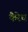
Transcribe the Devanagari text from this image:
कैरेघ